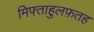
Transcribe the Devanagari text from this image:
मिफ्ताहुलफ़तह